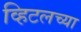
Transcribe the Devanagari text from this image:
व्हिटलच्या